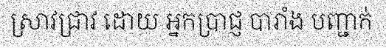
ស្រាវជ្រាវ ដោយ អ្នកប្រាជ្ញ បារាំង បញ្ជាក់